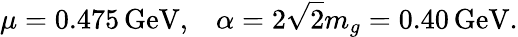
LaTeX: \mu=0.475\, \mathrm{GeV},\; \; \; \alpha=2\sqrt{2}m_{g}=0.40\, \mathrm{GeV}.